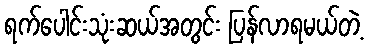
ရက်ပေါင်းသုံးဆယ်အတွင်း ပြန်လာရမယ်တဲ့